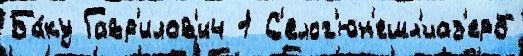
Ба́ку Гавр'илов'ич 1 С'елог'юн'ешл'иаз'ерб